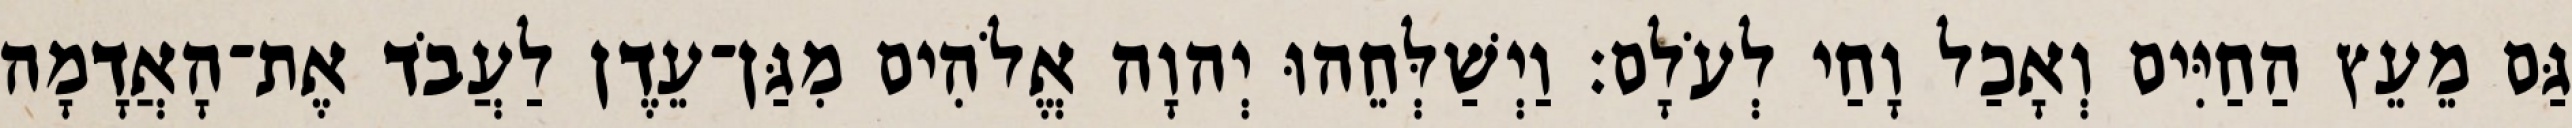
גַּם מֵעֵץ הַחַיִּים וְאָכַל וָחַי לְעֹלָם׃ וַיְשַׁלְּחֵהוּ יְהוָה אֱלֹהִים מִגַּן־עֵדֶן לַעֲבֹד אֶת־הָאֲדָמָה